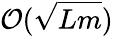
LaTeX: \mathcal{O}(\sqrt{Lm})